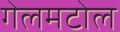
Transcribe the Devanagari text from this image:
गेलमटोल